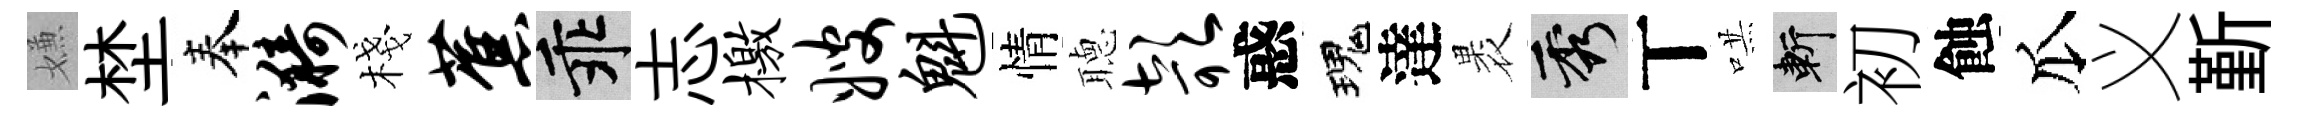
嫌埜奉漪棧蕉乖志檄嫂魁情𦗟欹惑瑰達褁秀丅哄斬初蝕瓜义斳